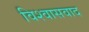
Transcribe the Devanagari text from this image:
विश्वासवाद